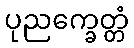
ပုညက္ခေတ္တံ